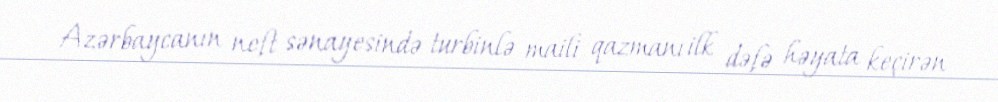
Azərbaycanın neft sənayesində turbinlə maili qazmanı ilk dəfə həyata keçirən